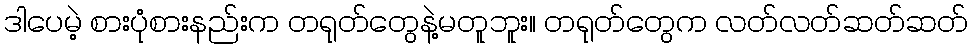
ဒါပေမဲ့ စားပုံစားနည်းက တရုတ်တွေနဲ့မတူဘူး။ တရုတ်တွေက လတ်လတ်ဆတ်ဆတ်